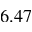
6 . 4 7